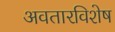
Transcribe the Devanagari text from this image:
अवतारविशेष